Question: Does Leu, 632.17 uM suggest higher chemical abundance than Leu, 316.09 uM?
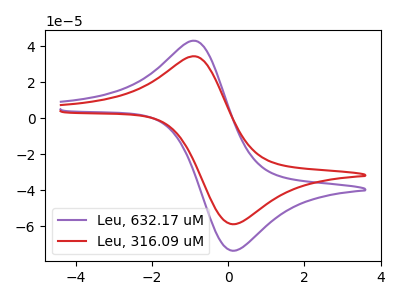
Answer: <think>The purple curve "Leu, 632.17 uM" has an anodic peak at (-0.85V, 42.90uA) and a cathodic peak at (0.10V, -73.45uA). The red curve "Leu, 316.09 uM" has an anodic peak at (-0.85V, 34.30uA) and a cathodic peak at (0.10V, -58.75uA).
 All the peaks in "Leu, 632.17 uM" have a peak in "Leu, 316.09 uM" at the same potential. Every peak in "Leu, 632.17 uM" is higher than every peak in "Leu, 316.09 uM".</think>
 <answer>"Leu, 632.17 uM" has more signal than "Leu, 316.09 uM".</answer>
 <eval>more_signal</eval>